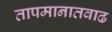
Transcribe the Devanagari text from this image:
तापमानातवाढ